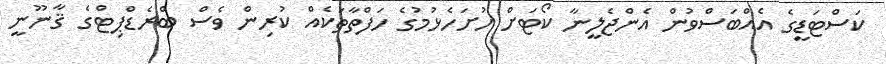
ކަސްޓަޑީގެ އެއްބަސްވުން އެންޖެލީނާ ކޯޓަށް ހުށަހެޅުމުގެ ހަފްތާތަކެއް ކުރިން ވެސް ބްރެޑްޕިޓްގެ ޤާނޫނީ